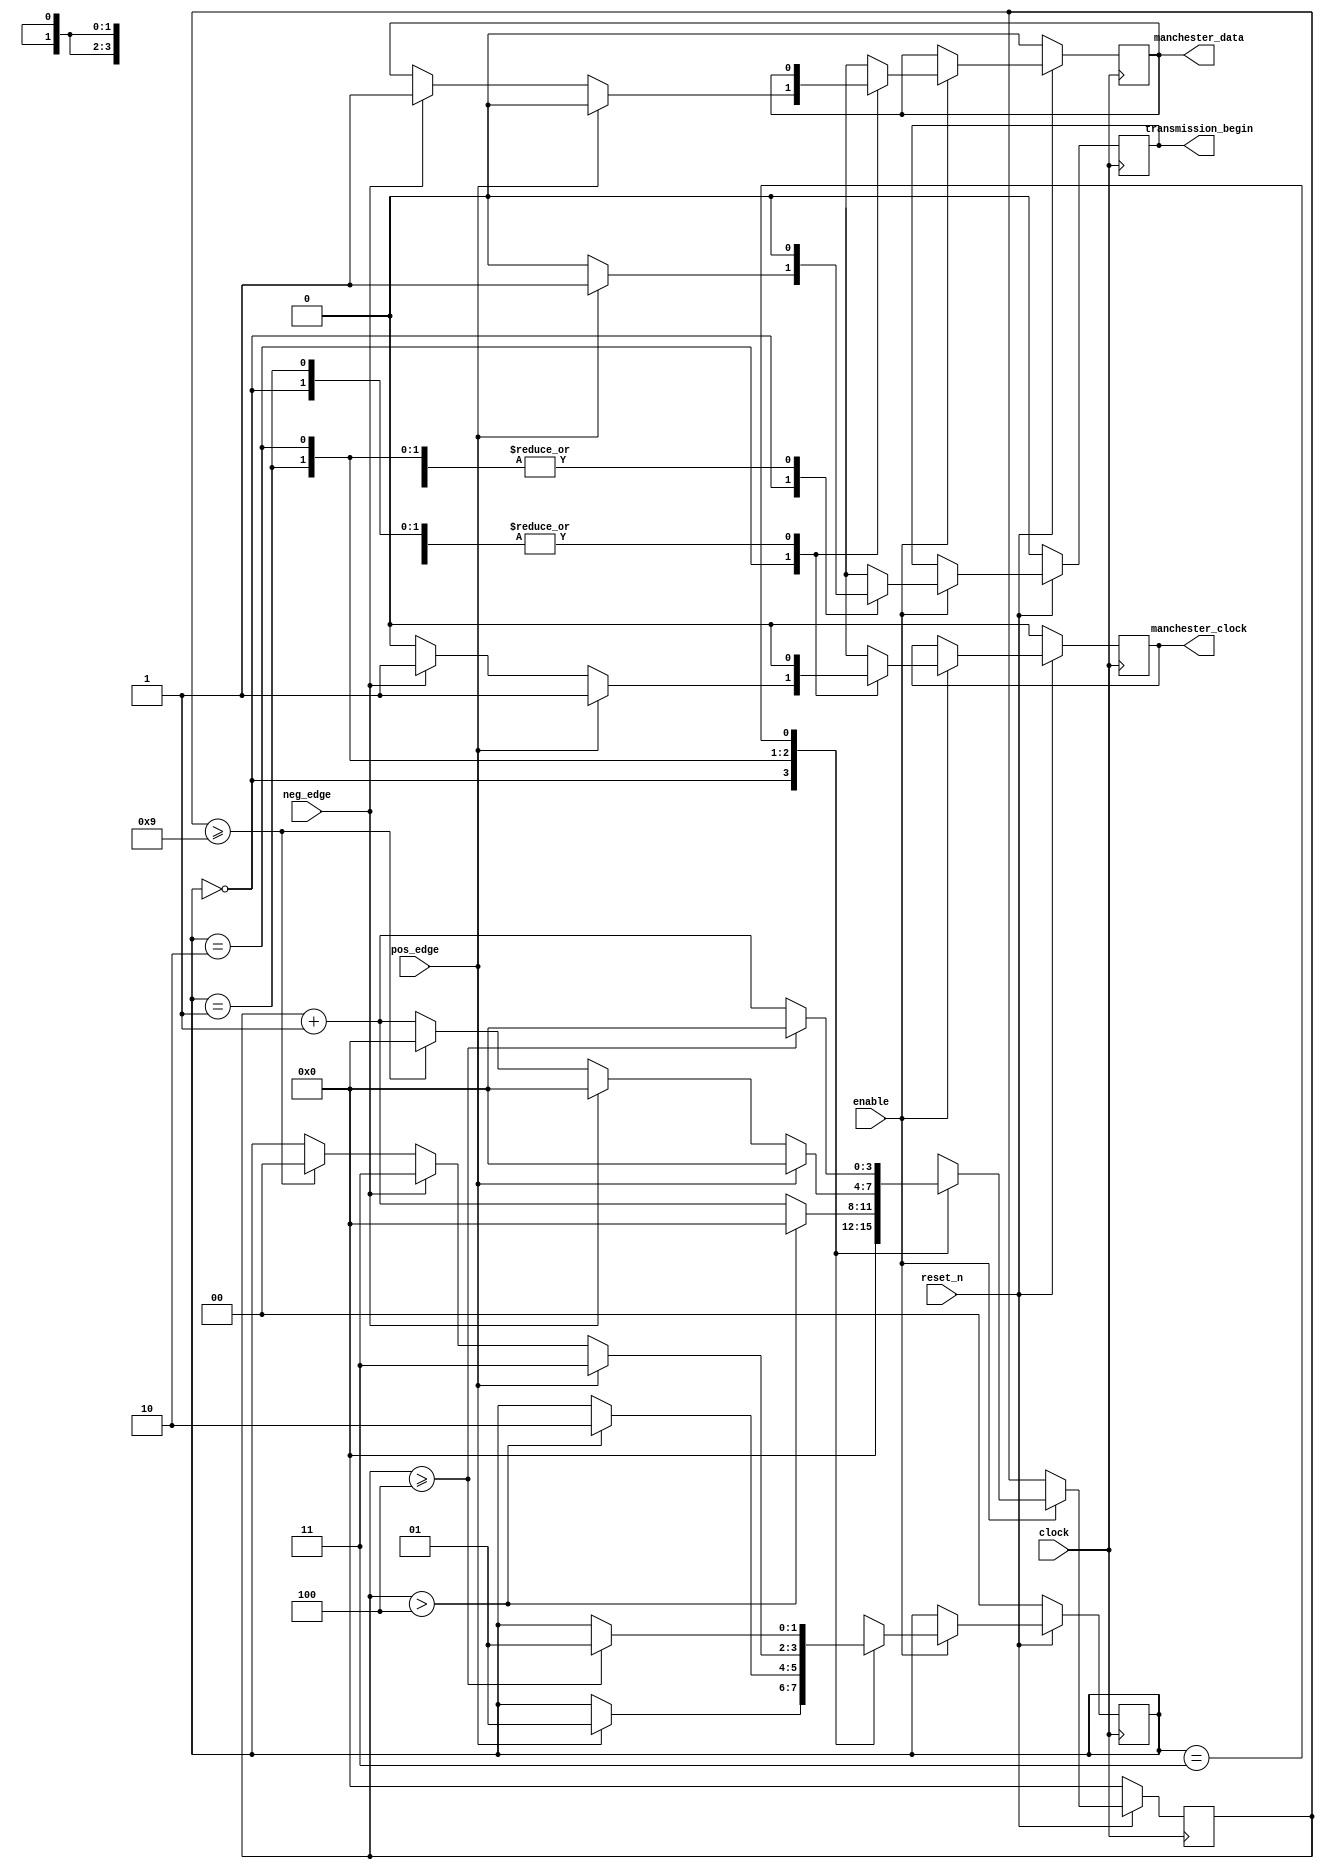
module state_machine (
    input wire clock,
    input wire enable,
    input wire reset_n,

    input wire pos_edge,
    input wire neg_edge,

    output wire manchester_clock,
    output wire manchester_data,

    output reg transmission_begin
);
    reg [3:0] timer, next_timer;
    localparam half_period = 9, // 18 / 2 = 9
               quarter_period = 4; // 18 / 4 = 4.5

    reg [1:0] state, next_state;
    localparam state_armed                    = 2'd0,
               state_timing                   = 2'd1,
               state_looking_for_edge         = 2'd2,
               state_found_edge               = 2'd3;

    reg decoded, next_decoded;
    reg clock_mask, next_clock_mask;

    assign manchester_data = decoded;
    assign manchester_clock = clock_mask;

    reg transmission_begin_next;

    always @(posedge clock) begin
        if (!reset_n) begin
            timer <= 0;
            state <= state_armed;
            decoded <= 0;
            clock_mask <= 0;
            transmission_begin <= 0;
        end else if (enable) begin
            timer <= next_timer;
            state <= next_state;
            decoded <= next_decoded;
            clock_mask <= next_clock_mask;
            transmission_begin <= transmission_begin_next;
        end
    end

    always @(*) begin
        next_state = state;
        next_decoded = decoded;
        next_timer = 0;
        next_clock_mask = 0;
        transmission_begin_next = 0;

        case (state)
            state_armed: if (pos_edge) begin
                next_state = state_timing;
                transmission_begin_next = 1;
            end
            state_timing: begin
                next_timer = timer + 1;

                if (timer > quarter_period) begin
                    next_timer = 0;
                    next_state = state_looking_for_edge;
                end
            end
            state_looking_for_edge: begin
                next_timer = timer + 1;

                if (pos_edge) begin
                    next_decoded = 0;
                    next_clock_mask = 1;
                    next_timer = 0;
                    next_state = state_found_edge;
                end else if (neg_edge) begin
                    next_decoded = 1;
                    next_clock_mask = 1;
                    next_timer = 0;
                    next_state = state_found_edge;
                end else if (timer >= half_period) begin
                    next_timer = 0;
                    next_state = state_armed;
                end
            end
            state_found_edge: begin
                next_timer = timer + 1;
                if (timer >= quarter_period) begin
                    next_timer = 0;
                    next_state = state_timing;
                end
            end
        endcase
    end
endmodule